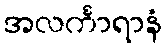
အလင်္ကာရာနံ